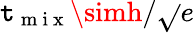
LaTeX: \mathtt{t}_{\mathrm{{~m~i~x~}}}\simh/\sqrt{}{{e}}